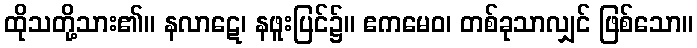
ထိုသတို့သား၏။ နလာဋေ၊ နဖူးပြင်၌။ ဧကမေဝ၊ တစ်ခုသာလျှင် ဖြစ်သော။